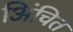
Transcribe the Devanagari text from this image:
अिंचित